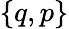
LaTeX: \left\{ \begin{array}{l}{q,p}\end{array}\right\}